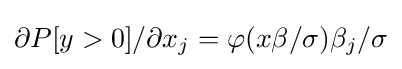
\partial P[y>0]/\partial x_{j}=\varphi (x\beta /\sigma )\beta _{j}/\sigma